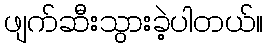
ဖျက်ဆီးသွားခဲ့ပါတယ်။